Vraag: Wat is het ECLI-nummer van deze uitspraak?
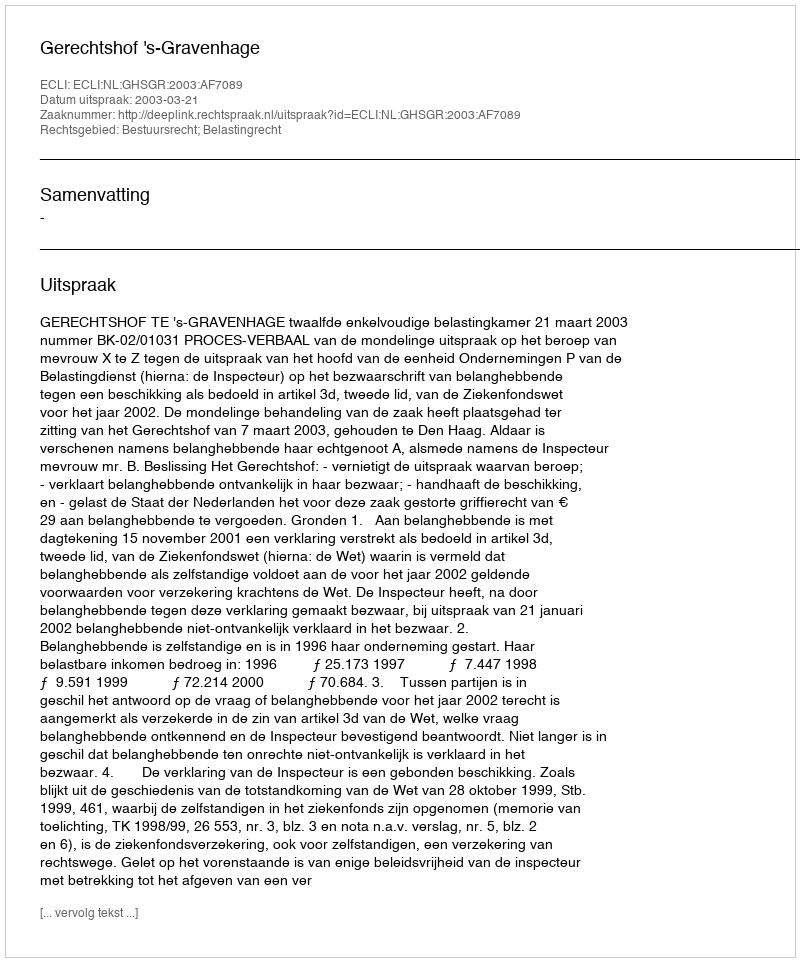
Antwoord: ECLI:NL:GHSGR:2003:AF7089